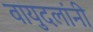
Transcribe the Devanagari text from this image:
वायुदलांनी